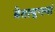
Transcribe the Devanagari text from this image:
त्रेतायुगमां